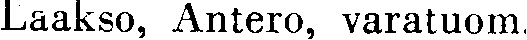
Laakso, Antero, varatuom.